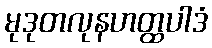
မုဒုတလုနဟတ္ထပါဒံ